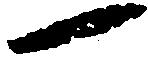
一